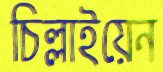
চিল্লাইয়েন